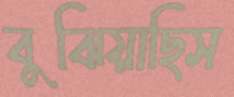
বুঝিয়াছিস